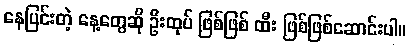
နေပြင်းတဲ့ နေ့တွေဆို ဦးထုပ် ဖြစ်ဖြစ် ထီး ဖြစ်ဖြစ်ဆောင်းပါ။